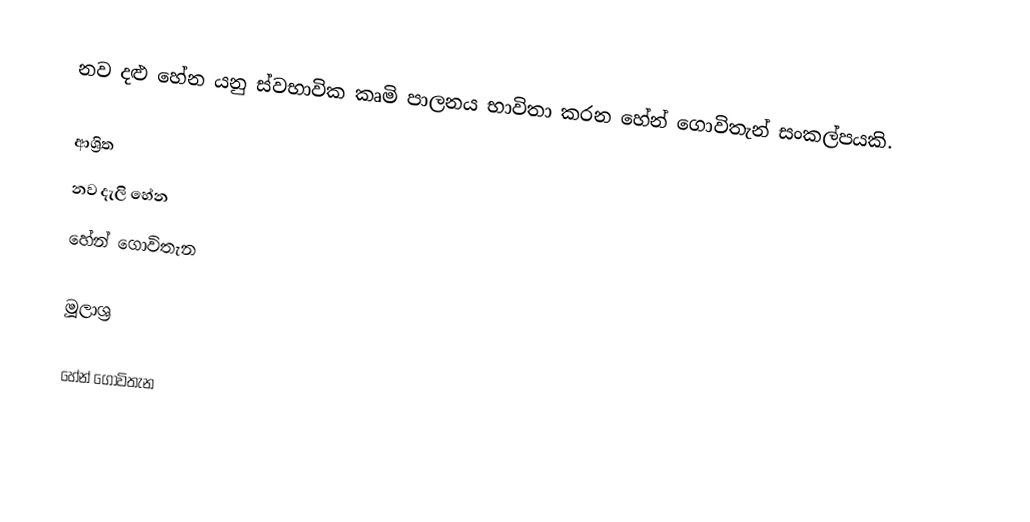
නව දළු හේන යනු ස්වභාවික කෘමි පාලනය භාවිතා කරන හේන් ගොවිතැන් සංකල්පයකි.

ආශ්‍රිත
 නව දැලි හේන
 හේන් ගොවිතැන

මූලාශ්‍ර

හේන් ගොවිතැන